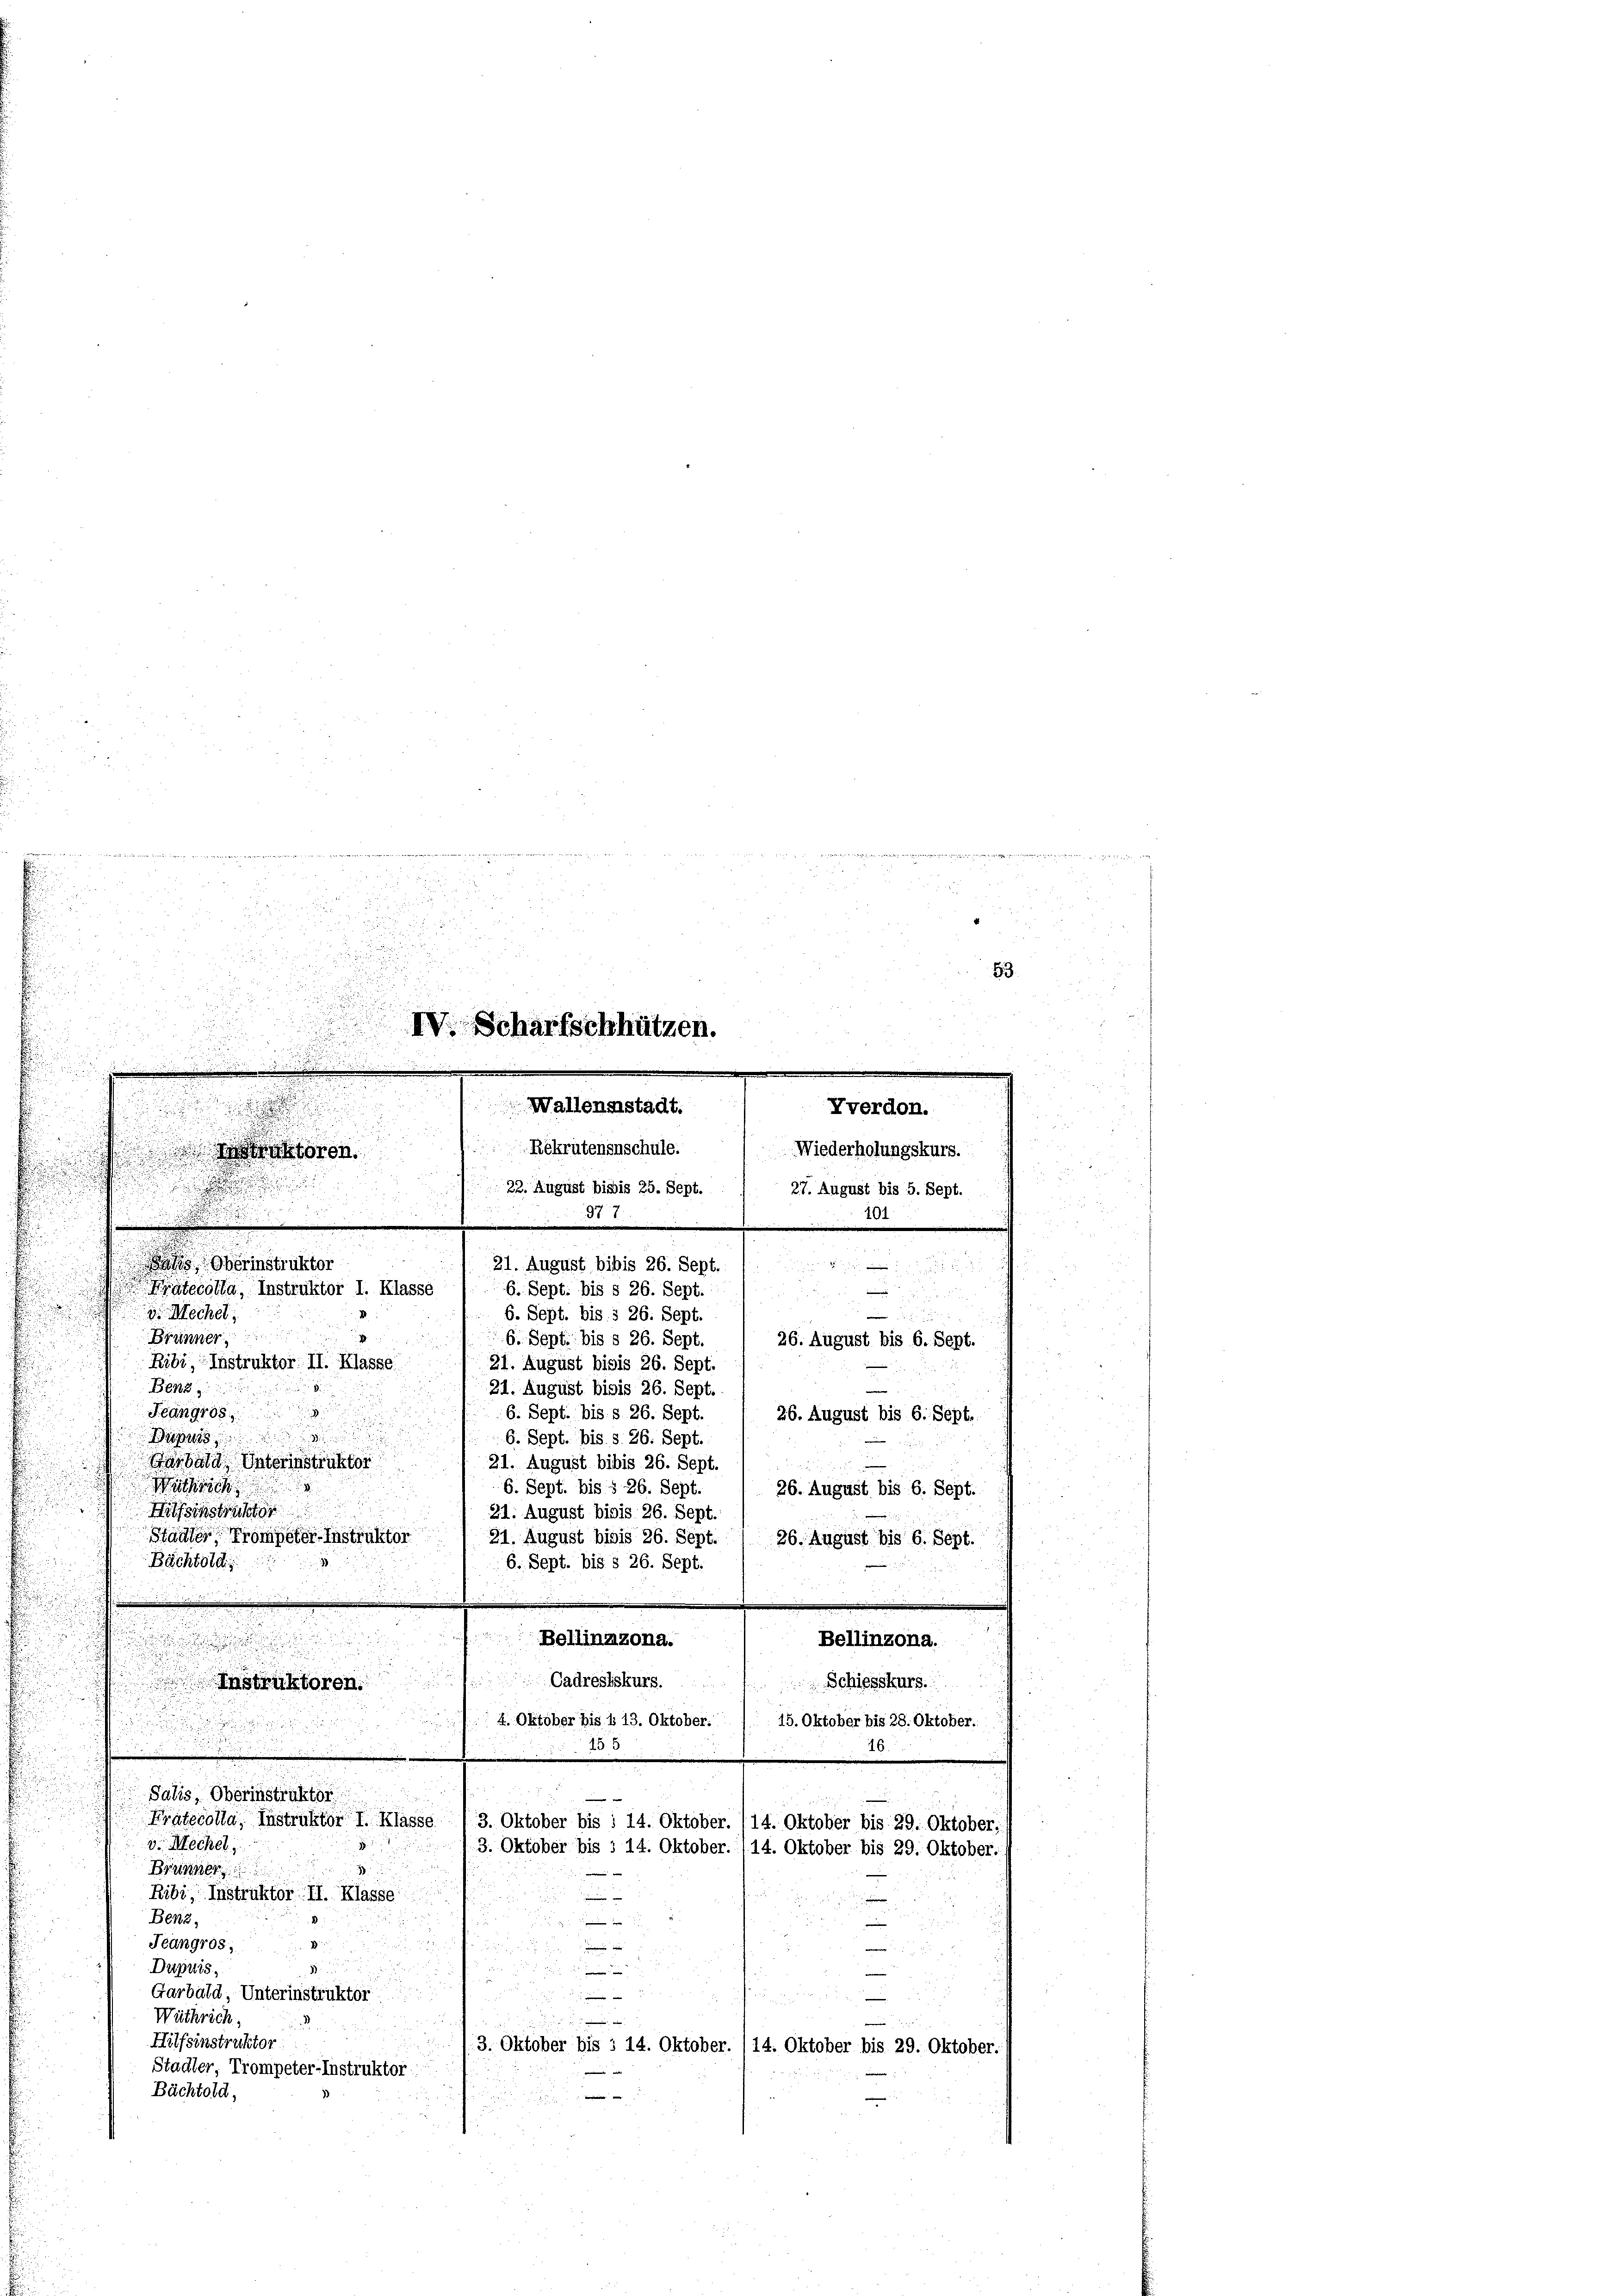
d
as Oberinstruktor
21. August bibis 26. Sept.
6. Sept. bis § 26. Sept.
.
v Mechel,
6. Sept. bis § 26. Sept.
Brünner
6. Sept. bis § 26. Sept.
e
Ribi, Instruktor II. Klasse
21. August bisis 26. Sept.
Benz
21. August bisis 26. Sept.
Fäng108.
6. Sept. bis § 26. Sept.
u
d
Dries
6. Sept. bis s. 26. Sept.
21. August bibis 26. Sept.
ebald Vaterinstruktor
Witherich
6. Sept. bis § 26. Sept.
26. August bis 6. Sept.
d
Hilfsinstruktor
21. August bisis 26. Sept.
Stadler, Trompeter-Instruktor
21. August bisis 26. Sept.
26. August bis 6. Sept.
Bächtold
6. Sept. bis § 26. Sept.

Bellinzona.

Cadresiskurs.
Schiesskurs.
Instruktoren
r
4. Oktober bis § 13. Oktober. / 15. Oktober bis 28. Oktober.
1
155
16.
Salis, Oberinstruktor
Prätecolla, Instruktor I. Klasse (3. Oktober bis 1 14. Oktober. (14. Oktober bis 29. Oktober,
v. Mechel
3. Oktober bis § 14. Oktober. 114. Oktober bis 29. Oktober
Brunner
Ribi, Instruktor. II. Klasse
ine
Benz,
e
g
Teangros

Dupuis.

Garbata, Unterinstruktor
u
Wüthrich,
d

Hilfsinstruktor
3. Oktober bis § 14. Oktober. (14. Oktober bis 29. Oktober.
Stadter, Trompeter-Instruktor:
Bächtold,

.
  es der

3
x

83.
n
u
d.
IV. Scharfschhützen.
.
r
e

e
Wallenstadt.
Yverdon.

Rekrutenenschule.
Wiederholungskurs.
n

u
 ist der

.
22. August bisis 25. Sept.
27. August bis 5. Sept.
377.

101
.
.

Pajecolla, Instruktor I. Klasse

26. August bis 6. Sept.
26. August bis 6. Sept.

Bellinzona.